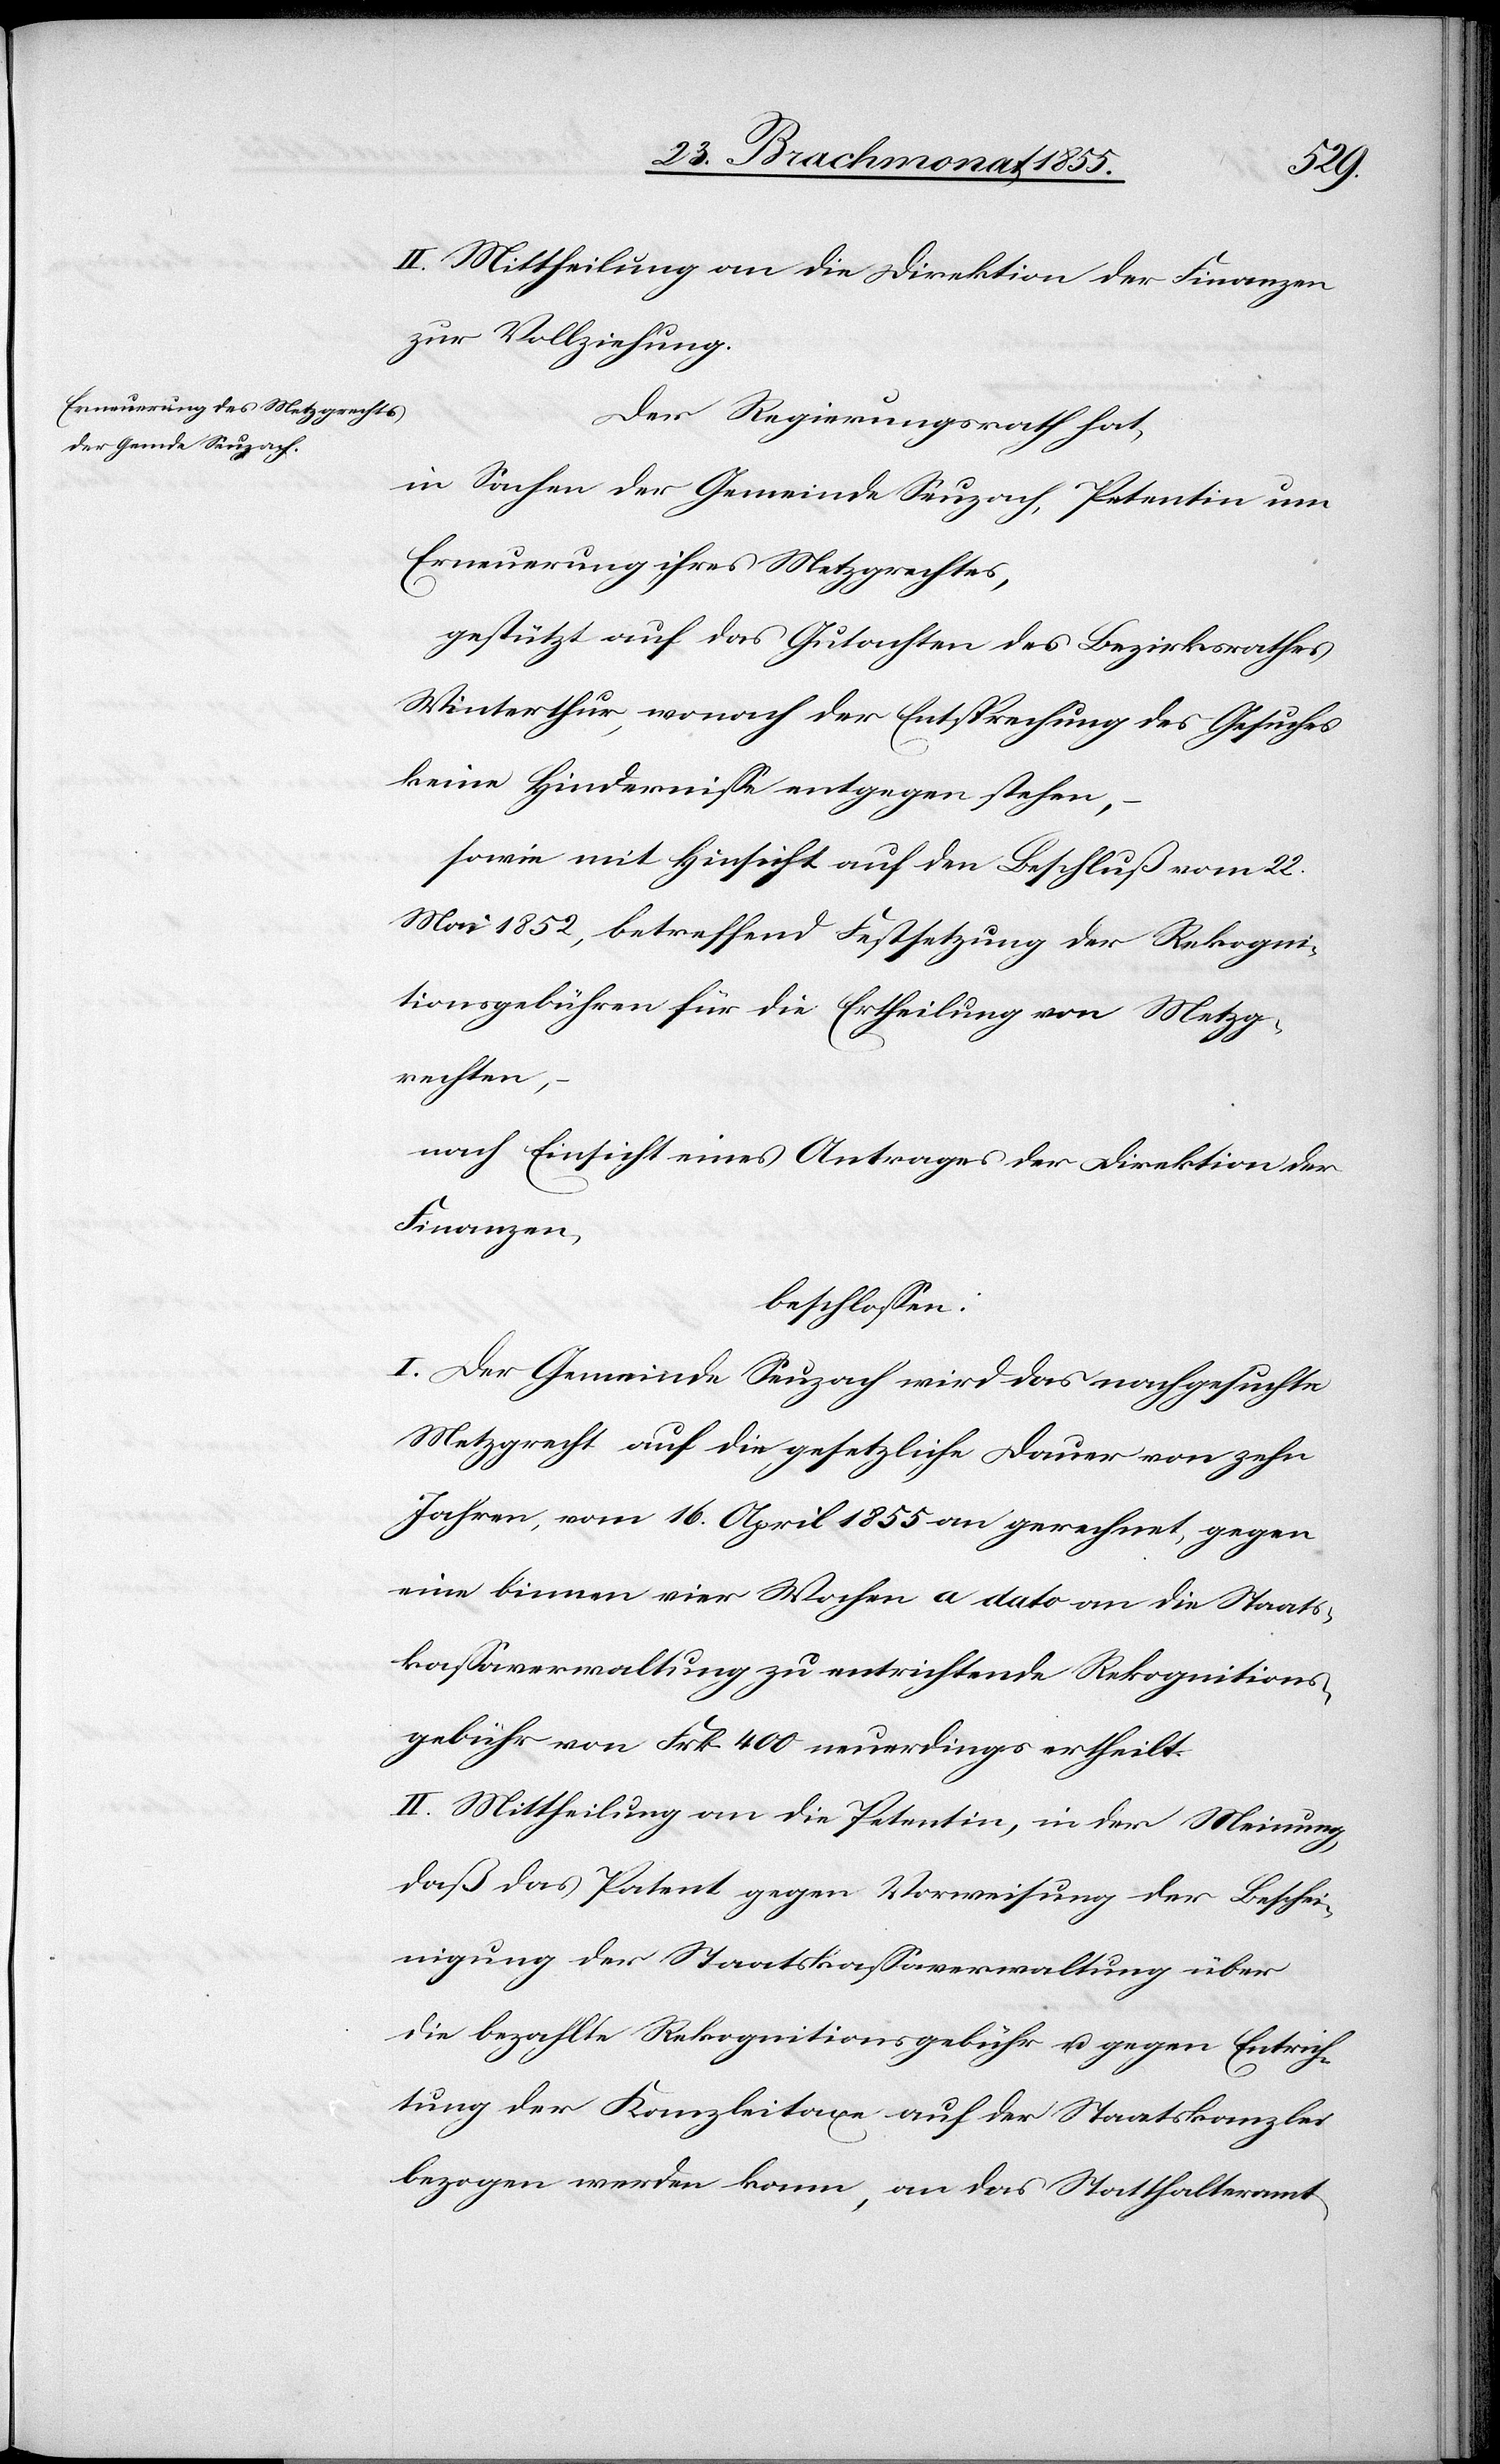
II. Mittheilung an die Direktion der Finanzen
zur Vollziehung.
Der Regierungsrath hat,
in Sachen der Gemeinde Seuzach, Petentin um
Erneuerung ihres Metzgrechtes,
gestützt auf das Gutachten des Bezirksrathes
Winterthur, wonach der Entsprechung des Gesuches
keine Hindernisse entgegen stehen,
sowie mit Hinsicht auf den Beschluß vom 22.
Mai 1852, betreffend Festsetzung der Rekogni¬
tionsgebühren für die Ertheilung von Metzg¬
rechten,
nach Einsicht eines Antrages der Direktion der
Finanzen,
beschlossen:
I. Der Gemeinde Seuzach wird das nachgesuchte
Metzgrecht auf die gesetzliche Dauer von zehn
Jahren, vom 16. April 1855 an gerechnet, gegen
eine binnen vier Wochen a dato an die Staats¬
kassaverwaltung zu entrichtende Rekognitions¬
gebühr von Frk. 400 neuerdings ertheilt.
II. Mittheilung an die Petentin, in der Meinung,
daß das Patent gegen Vorweisung der Beschei¬
nigung der Staatskassaverwaltung über
die bezahlte Rekognitionsgebühr u. gegen Entrich¬
tung der Kanzleitaxe auf der Staatskanzlei
bezogen werden kann, an das Statthalteramt